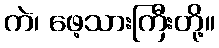
ကဲ၊ ဖေ့သားကြီးတို့။